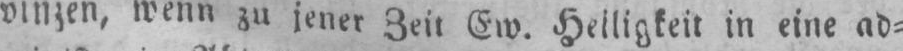
vinzen, wenn zu jener Zeit Ew.Heiligkeit in eine ad⸗